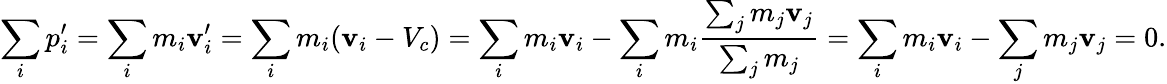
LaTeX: \sum_{i}p_{i}^{\prime}=\sum_{i}m_{i}\mathbf{v}_{i}^{\prime}=\sum_{i}m_{i}(\mathbf{v}_{i}-V_{c})=\sum_{i}m_{i}\mathbf{v}_{i}-\sum_{i}m_{i}{\frac{{\sum_{j}m_{j}\mathbf{v}_{j}}}{{\sum_{j}m_{j}}}}=\sum_{i}m_{i}\mathbf{v}_{i}-\sum_{j}m_{j}\mathbf{v}_{j}=0.